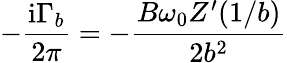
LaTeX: -{\frac{\mathrm{i}\Gamma_{b}}{2\pi}}=-{\frac{B\omega_{0}Z^{\prime}(1/b)}{2b^{2}}}